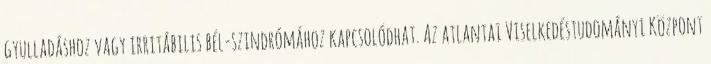
gyulladáshoz vagy irritábilis bél-szindrómához kapcsolódhat. Az atlantai Viselkedéstudományi Központ